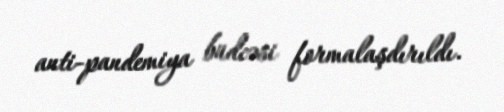
anti-pandemiya büdcəsi formalaşdırıldı.